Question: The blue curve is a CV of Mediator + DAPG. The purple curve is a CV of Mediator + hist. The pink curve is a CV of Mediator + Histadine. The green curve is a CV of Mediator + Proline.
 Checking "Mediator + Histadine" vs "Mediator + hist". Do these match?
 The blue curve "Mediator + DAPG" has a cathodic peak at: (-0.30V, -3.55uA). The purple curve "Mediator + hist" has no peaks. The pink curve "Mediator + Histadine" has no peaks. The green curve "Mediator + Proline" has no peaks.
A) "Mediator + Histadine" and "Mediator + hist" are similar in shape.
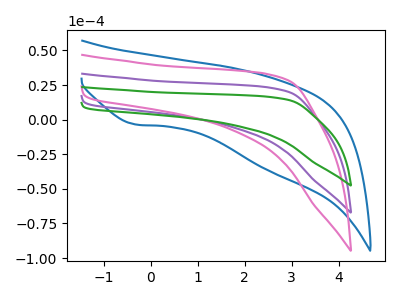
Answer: <think>Neither "Mediator + Histadine" or "Mediator + hist" have any peaks.
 </think>
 <answer>A) "Mediator + Histadine" and "Mediator + hist" are similar in shape.</answer>
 <eval>A</eval>